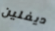
ديفلين